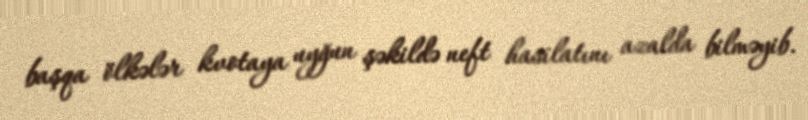
başqa ölkələr kvotaya uyğun şəkildə neft hasilatını azalda bilməyib.